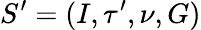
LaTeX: S^{\prime}=(I,\tau^{\prime},\nu,G)